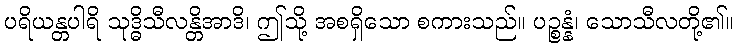
ပရိယန္တပါရိ သုဒ္ဓိသီလန္တိအာဒိ၊ ဤသို့ အစရှိသော စကားသည်။ ပဉ္စန္နံ၊ သောသီလတို့၏။